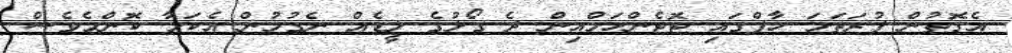
އެގޮތުން ފުރަތަމަ ހާފްގައި ޓޮޓެންހަމްއިން ދެ ގޯލުގެ ލީޑެއް ނެގުމުން އެކަމާ ކޮންމެވެސް